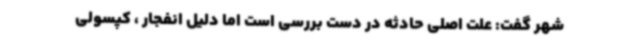
شهر گفت: علت اصلی حادثه در دست بررسی است اما دلیل انفجار ، کپسولی